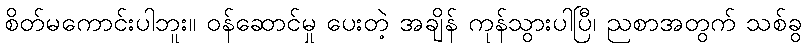
စိတ်မကောင်းပါဘူး။ ဝန်ဆောင်မှု ပေးတဲ့ အချိန် ကုန်သွားပါပြီ၊ ညစာအတွက် သစ်ခွ